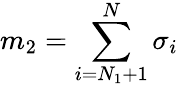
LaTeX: m_{2}=\sum_{i=N_{1}+1}^{N}\sigma_{i}